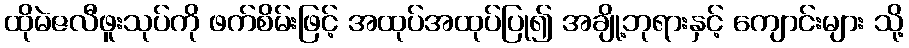
ထိုမဲဇလီဖူးသုပ်ကို ဖက်စိမ်းဖြင့် အထုပ်အထုပ်ပြု၍ အချို့ဘုရားနှင့် ကျောင်းများ သို့